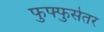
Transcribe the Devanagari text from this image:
फुफ्फुसेतर